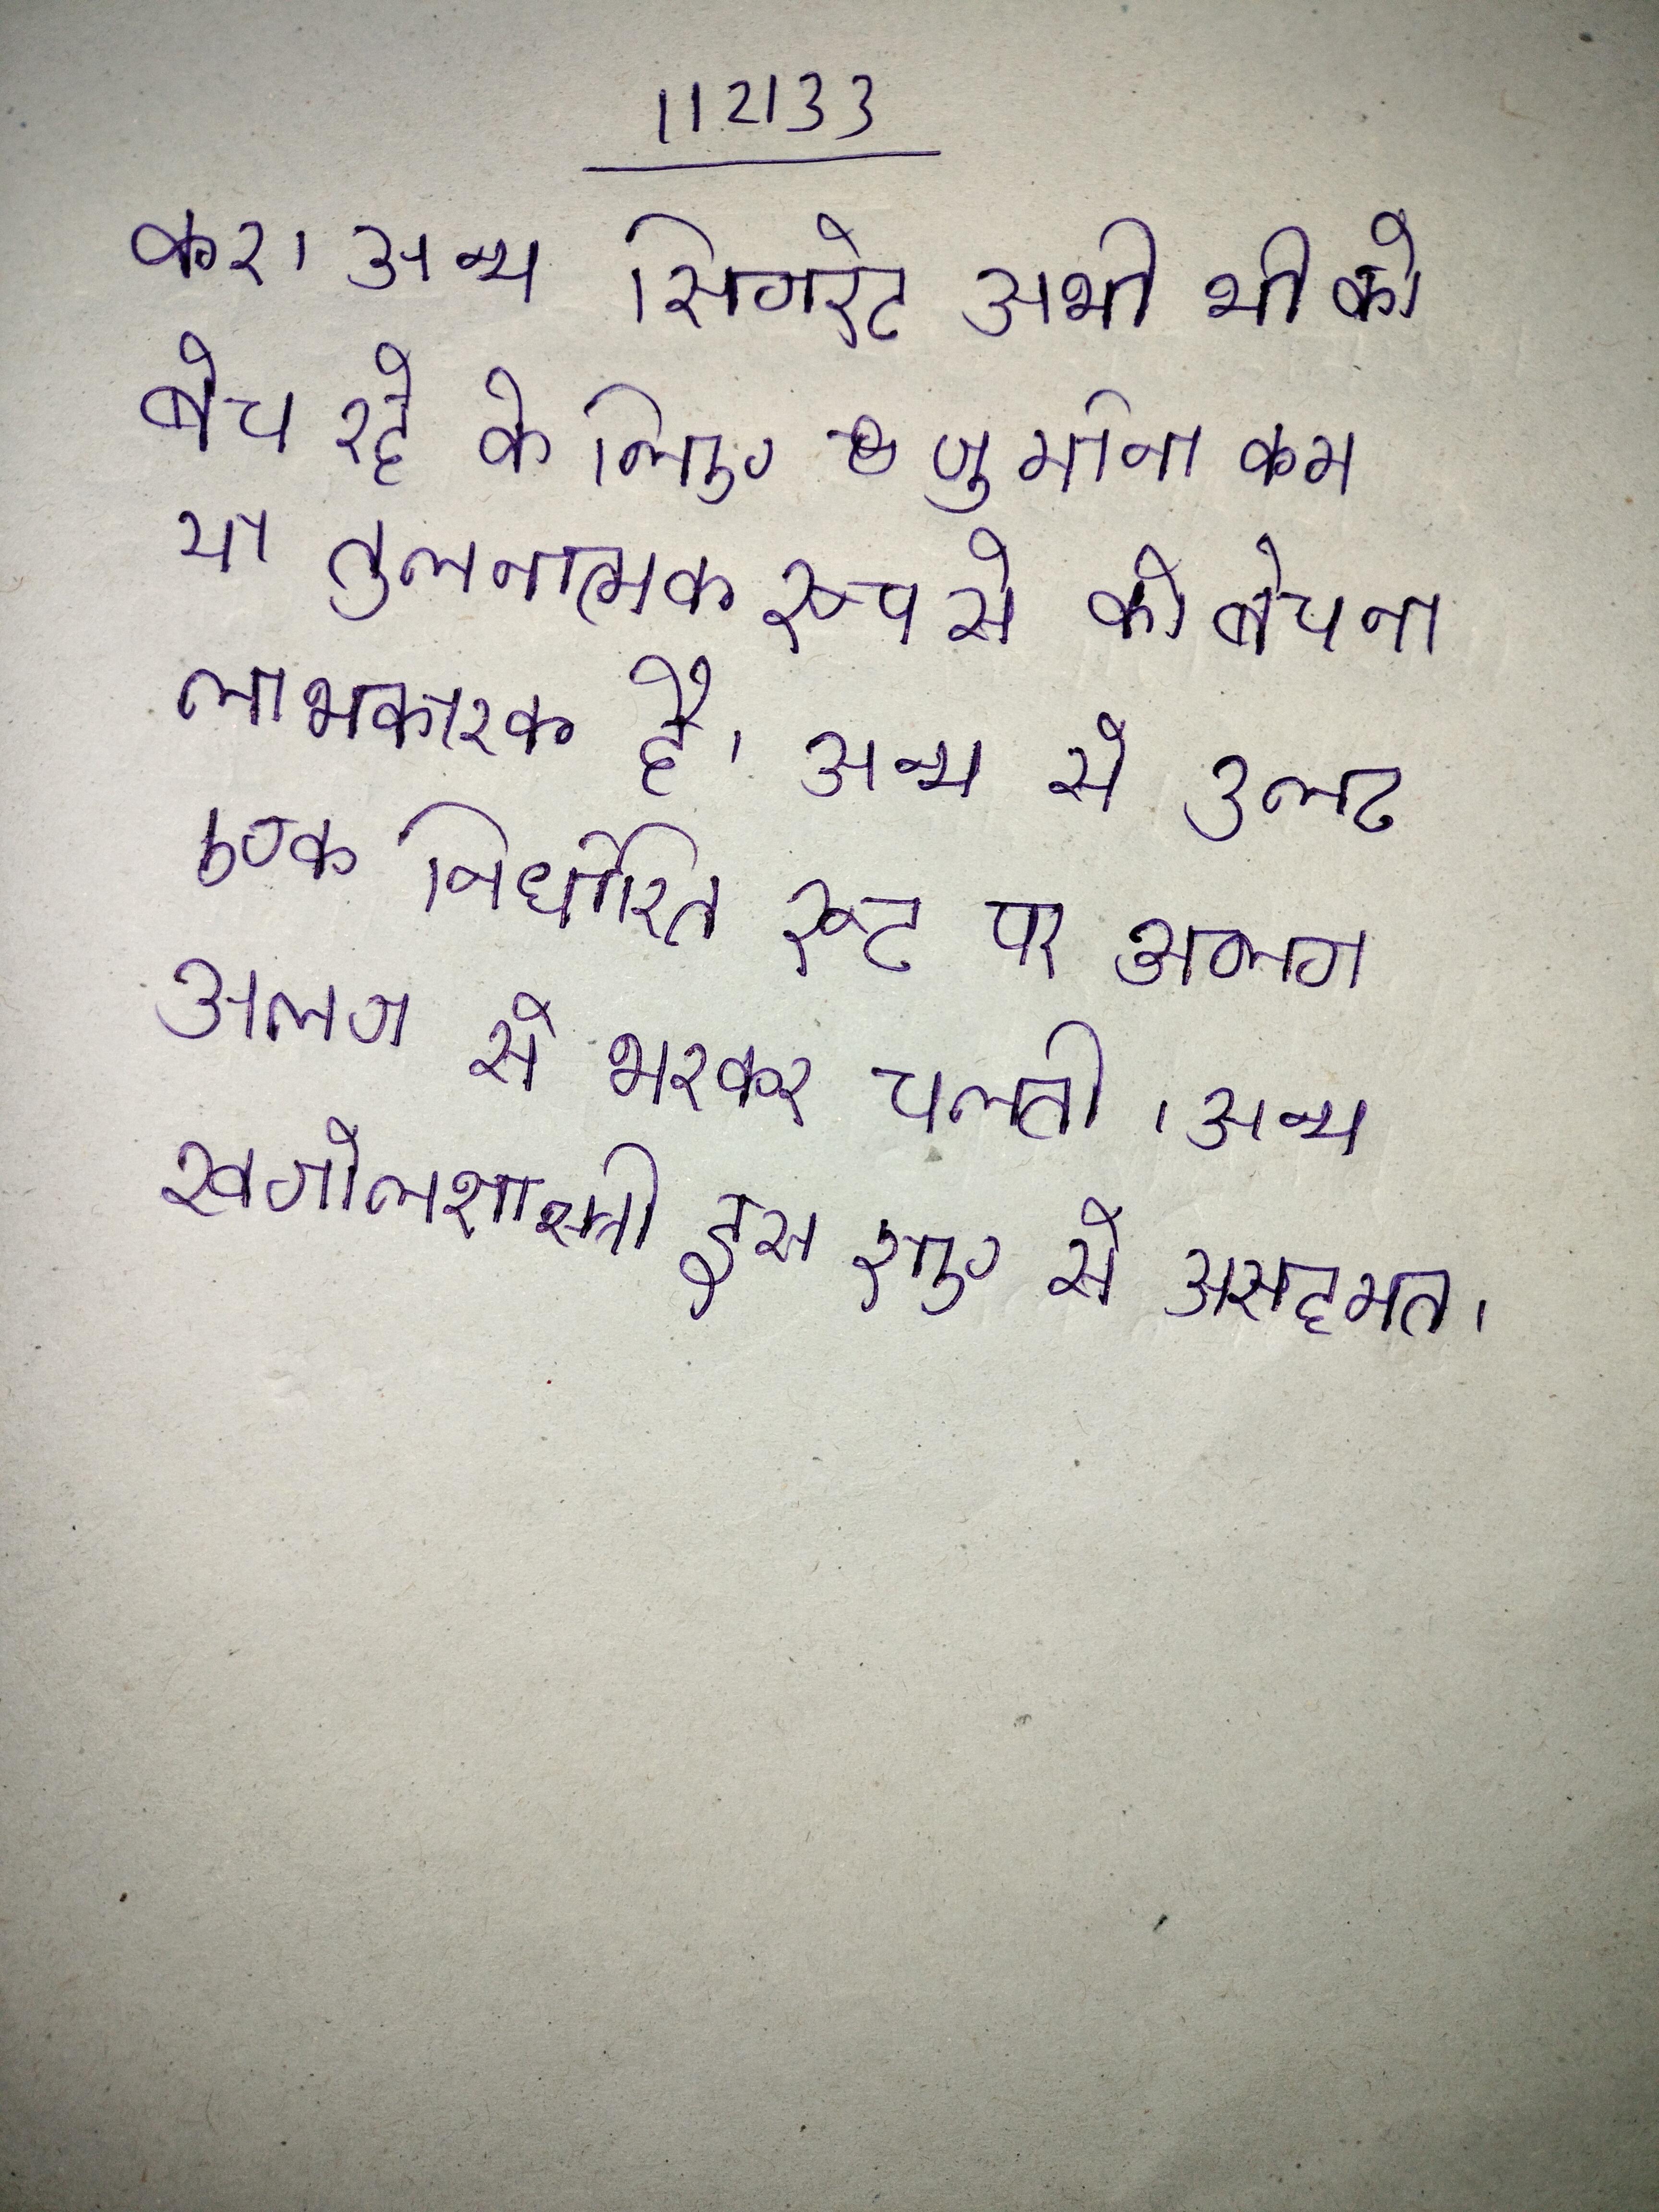
कर । अन्य सिगरेट अभी भी को बेच रहे के लिए जुर्माना कम या तुलनात्मक रूप से को बेचना लाभकारक है । अन्य से उलट एक निर्धारित रूट पर अलग अलग से भरकर चलती । अन्य खगोलशास्त्री इस राए से असहमत ।